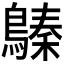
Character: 𪄈